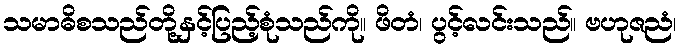
သမာဓိစသည်တို့နှင့်ပြည့်စုံသည်ကို။ ဖိတံ၊ ပွင့်လင်းသည်။ ဗဟုဇညံ၊